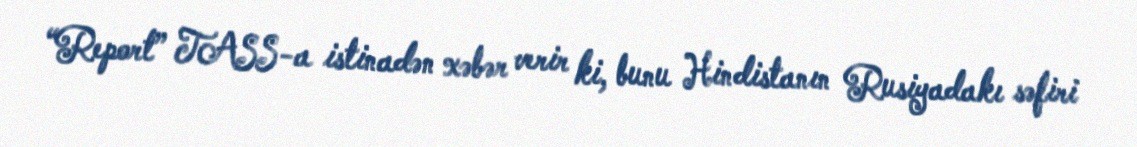
“Report” TASS-a istinadən xəbər verir ki, bunu Hindistanın Rusiyadakı səfiri